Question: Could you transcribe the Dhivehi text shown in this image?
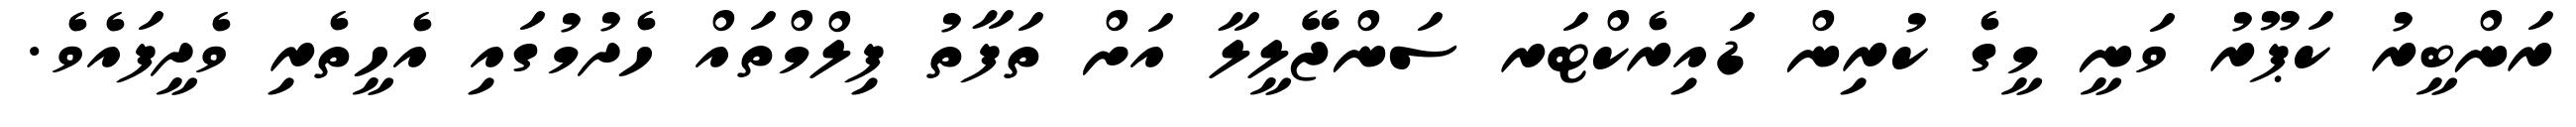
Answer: ރަންބީރު ކަޕޫރު ވަނީ މީގެ ކުރިން ޑައިރެކްޓަރ ސަންޖޭލީލާ އަށް ތަފާތު ފިލްމްތައް ހެދުމުގައި އެހީތެރި ވެދީފައެވެ.